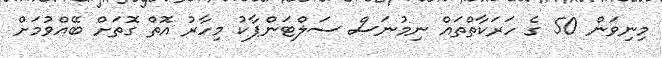
މިނިވަން 50 ގެ ހަރަކާތްތައް ނިމުނަސް ސަލްޓަންޕާކު މިހާރު އޮތް ގޮތަށް ބޭއްވުމަށް